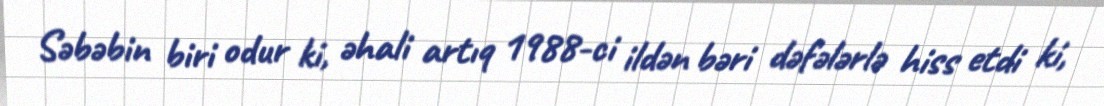
Səbəbin biri odur ki, əhali artıq 1988-ci ildən bəri dəfələrlə hiss etdi ki,